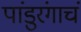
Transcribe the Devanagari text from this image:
पांडुरंगाचं